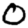
Digit: 0